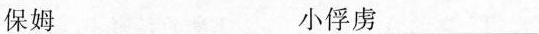
保姆___ 小俘虏___